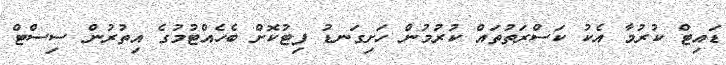
ޑައިޓް ކުރުމާ އެކު ކަސްރަތުތައް ކުރުމުން ހަށިގަނޑު ފިޓުކޮށް ބެހެއްޓުމުގެ އިތުރުން ސިސްޓް